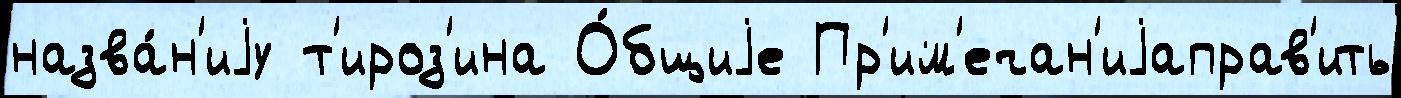
назва́н'иjу т'ироз'ина О́бщиjе Пр'им'ечан'иjаправ'ить